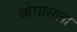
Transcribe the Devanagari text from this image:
व्हेगासला